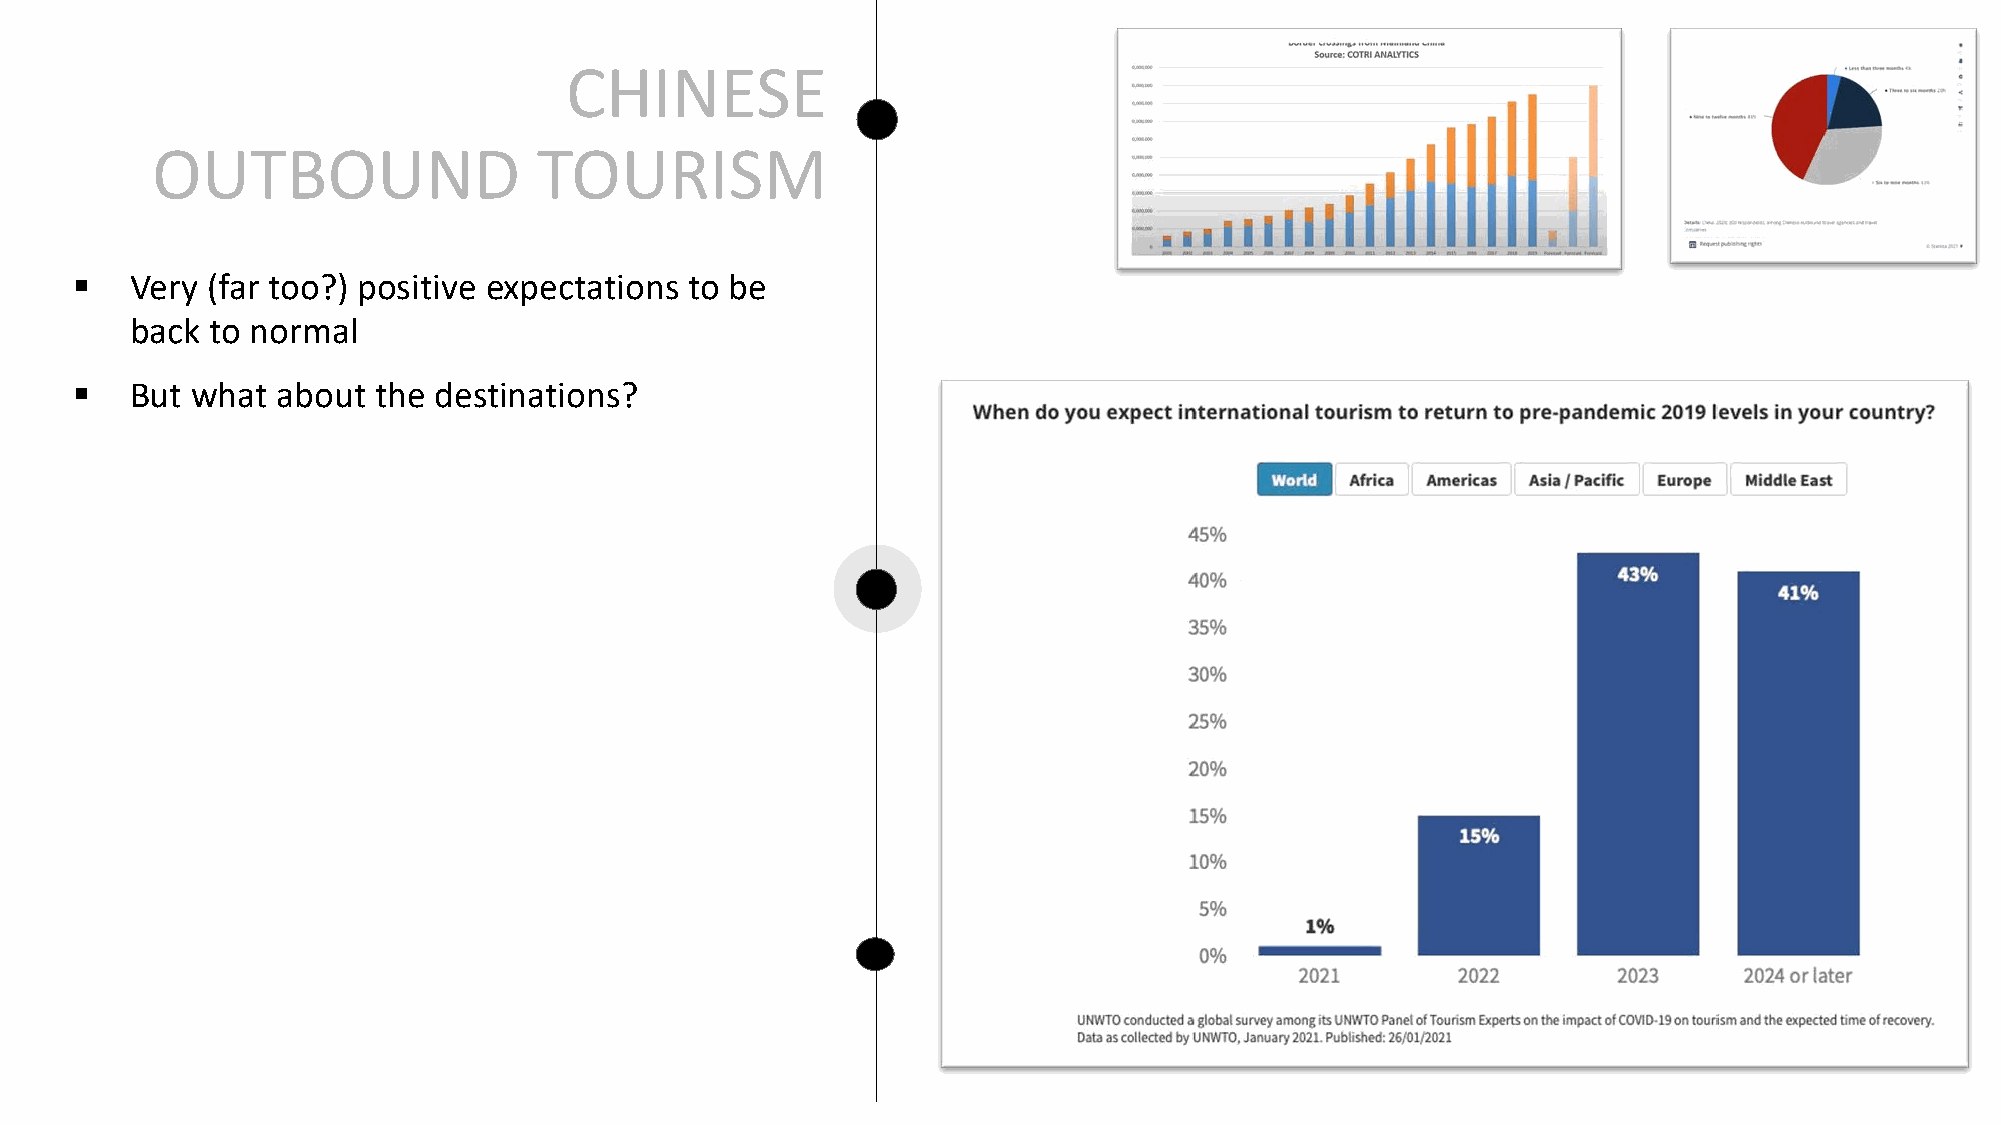
CHINESE
 OUTBOUND                  TOURISM
 §   Very (far too?) positive expectations to be
 back to normal
 §   But what about  the destinations?